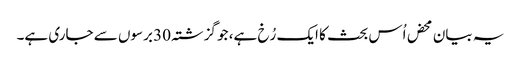
یہ بیان محض اُس بحث کا ایک رُخ ہے، جو گزشتہ 30 برسوں سے جاری ہے۔